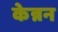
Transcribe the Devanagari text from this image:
केन्नन